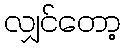
လျှင်တော့